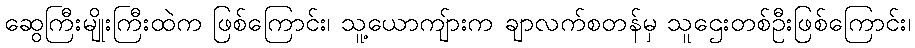
ဆွေကြီးမျိုးကြီးထဲက ဖြစ်ကြောင်း၊ သူ့ယောကျ်ားက ချာလက်စတန်မှ သူဌေးတစ်ဦးဖြစ်ကြောင်း၊